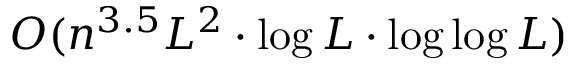
O ( n ^ { 3 . 5 } L ^ { 2 } \cdot \log L \cdot \log \log L )